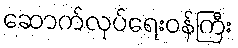
ဆောက်လုပ်ရေးဝန်ကြီး